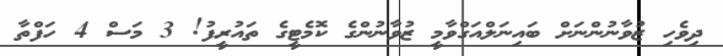
ދިވެހި ޒުވާނުންނަށް ބައިނަލްއަގްވާމީ ޒުވާނުންގެ ކޮމެޓީގެ ތައުރީފު! 3 މަސް 4 ހަފްތާ